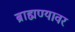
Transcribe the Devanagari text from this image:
ब्राह्मण्यावर